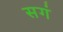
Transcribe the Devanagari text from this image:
सगं